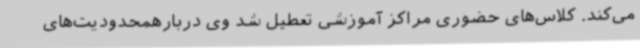
می‌کند. کلاس‌های حضوری مراکز آموزشی تعطیل شد وی دربارهمحدودیت‌های